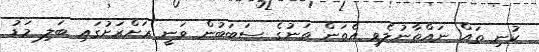
ކުނި ތައް ނައްތާނުލެވި އެތަން ތަނުގެ ސަބަބުން ވަނީ ރަށްރަށުގައި ބަލި މަޑު